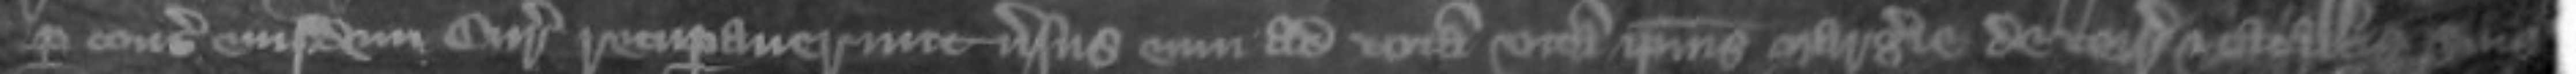
per considerationem eiusdem curie recuperaverunt versus eum ad totam vitam ipsius Margerie de terris et catallis suis